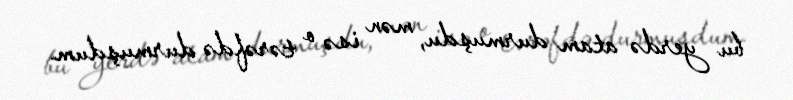
bu yerdə atam durmuşdu, mən isə o tərəfdə durmuşdum.